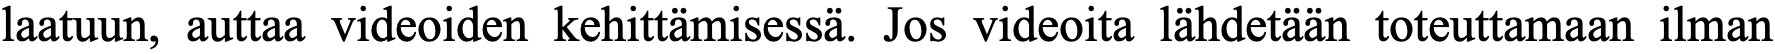
laatuun, auttaa videoiden kehittämisessä. Jos videoita lähdetään toteuttamaan ilman